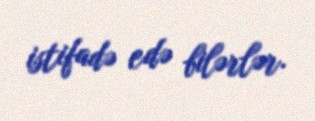
istifadə edə bilərlər.